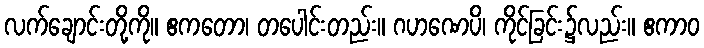
လက်ချောင်းတို့ကို။ ဧကတော၊ တပေါင်းတည်း။ ဂဟဏေပိ၊ ကိုင်ခြင်း၌လည်း။ ဧကာဝ